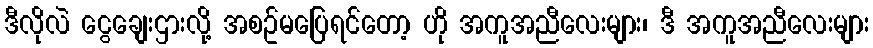
ဒီလိုလဲ ငွေချေးဌားလို့ အစဥ်မပြေရင်တော့ ဟို အကူအညီလေးများ၊ ဒီ အကူအညီလေးများ